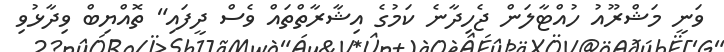
ވަނީ މަޝްރޫއު ހުއްޓާލަން ޖެހިދާނެ ކަމުގެ އިޝާރާތްތައް ވެސް ދީފައި" ތޮއްޔިބް ވިދާޅުވި